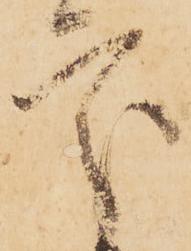
處